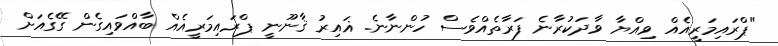
"ޕްރައިމަރީއެއް ވިއްޔާ ވާދަކުރާނެ ފަރާތެއްވެސް ހުންނާނެ. ޣައިރު ޤާނޫނީ ޕްރައިމަރީއެއް ބާއްވައިގެން ގޭގެއަށް